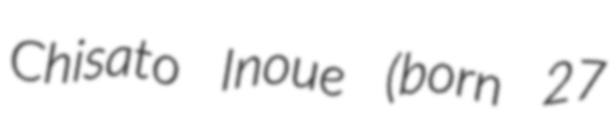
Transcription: Chisato Inoue (born 27